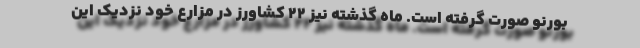
بورنو صورت گرفته است. ماه گذشته نیز ۲۲ کشاورز در مزارع خود نزدیک این